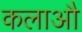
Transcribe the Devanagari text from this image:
कलाऔ